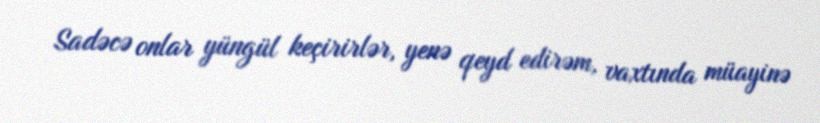
Sadəcə onlar yüngül keçirirlər, yenə qeyd edirəm, vaxtında müayinə